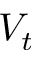
V _ { t }